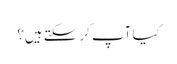
کیا آپ کر سکتے ہیں؟